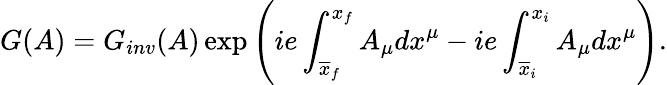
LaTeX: G(A)=G_{inv}(A)\exp\left(ie\int_{\overline{{{x}}}_{f}}^{x_{f}}A_{\mu}dx^{\mu}-ie\int_{\overline{{{x}}}_{i}}^{x_{i}}A_{\mu}dx^{\mu}\right).